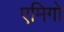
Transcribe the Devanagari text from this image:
एमिगो